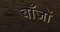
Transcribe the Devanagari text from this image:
बाँजों